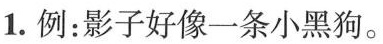
1.例：影子好像一条小黑狗。